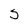
Character: 5